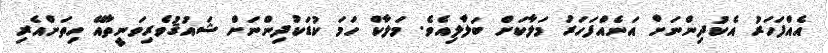
އެއްފަހަރު އެކުދިންނަށް އަނެއްފަހަރު މަލާކަށް ބަލާލިއެވެ. މަލާކް ހަމަ ކުޑަކުދިންނަށް ޝައުޤުވެރިވަނީތާއޭ ހިތަށްއެރި